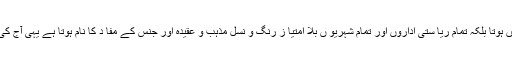
قومی بیانیہ محض ایک ریاستی ادارے انتظامیہ یا کچھ مخصوص افراد کے مفا د کا نا م نہیں ہوتا بلکہ تمام ریا ستی اداروں اور تمام شہریو ں بلا امتیا ز رنگ و نسل مذہب و عقیدہ اور جنس کے مفا د کا نام ہوتا ہے یہی آج کی زندہ اور ترقی یافتہ ریا ستوں کا قومی بیانیہ جسے قومی خوشحا لی کا بیانیہ کہا جا تا ہے۔